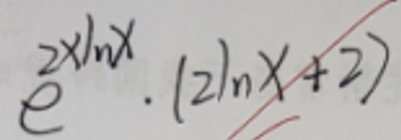
\[
e^{2x\ln x}\cdot(2\ln x + 2)
\]